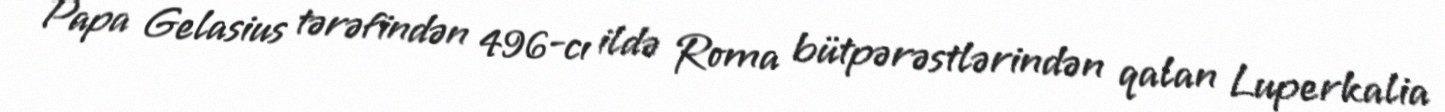
Papa Gelasius tərəfindən 496-cı ildə Roma bütpərəstlərindən qalan Luperkalia